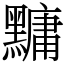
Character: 𪒒